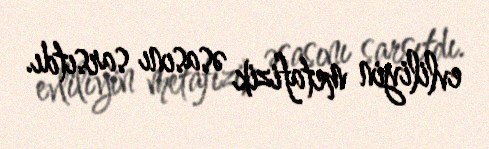
evliliyin metafizik əsasını sarsıtdı.